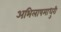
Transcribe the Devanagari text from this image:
अभिलाषमाधुरी